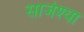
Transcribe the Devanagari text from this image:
साजेश्या